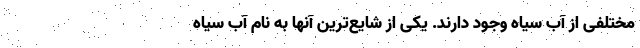
مختلفی از آب سیاه وجود دارند. یکی از شایع‌ترین آنها به نام آب سیاه